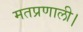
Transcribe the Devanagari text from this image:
मतप्रणाली।